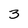
Character: 3